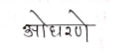
मजकूर: ओधरणे